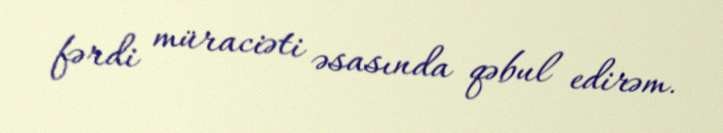
fərdi müraciəti əsasında qəbul edirəm.